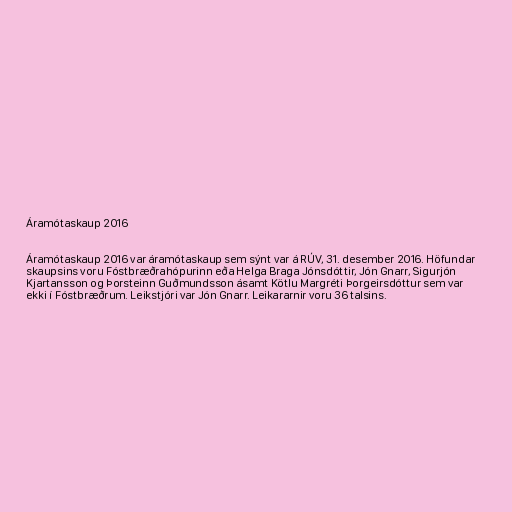
Áramótaskaup 2016

Áramótaskaup 2016 var áramótaskaup sem sýnt var á RÚV, 31. desember 2016. Höfundar
skaupsins voru Fóstbræðrahópurinn eða Helga Braga Jónsdóttir, Jón Gnarr, Sigurjón
Kjartansson og Þorsteinn Guðmundsson ásamt Kötlu Margréti Þorgeirsdóttur sem var
ekki í Fóstbræðrum. Leikstjóri var Jón Gnarr. Leikararnir voru 36 talsins.